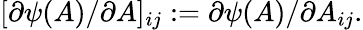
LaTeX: \lbrack\partial\psi(A)/\partial A]_{ij}:=\partial\psi(A)/\partial A_{ij}.